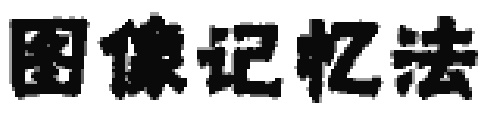
图像记忆法